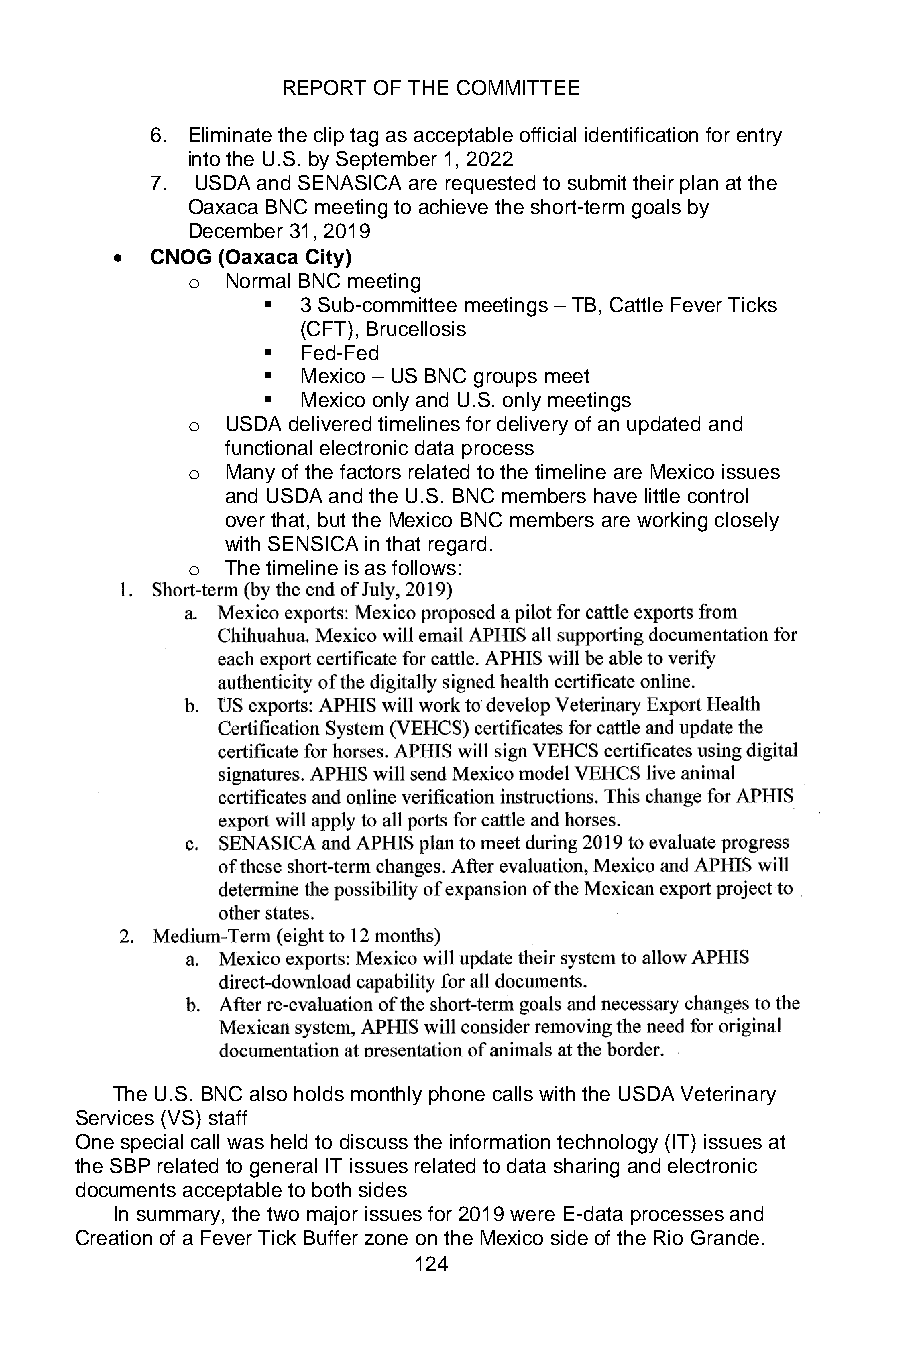
REPORT OF THE COMMITTEE
 6. Eliminate the clip tag as acceptable official identification for entry
 into the U.S. by September 1, 2022
 7. USDA and SENASICA are requested to submit their plan at the
 Oaxaca BNC meeting to achieve the short-term goals by
 December 31, 2019
 •  CNOG (Oaxaca City)
 o  Normal BNC meeting
 ▪  3 Sub-committee meetings – TB, Cattle Fever Ticks
 (CFT), Brucellosis
 ▪  Fed-Fed
 ▪  Mexico – US BNC groups meet
 ▪  Mexico only and U.S. only meetings
 o  USDA delivered timelines for delivery of an updated and
 functional electronic data process
 o  Many of the factors related to the timeline are Mexico issues
 and USDA and the U.S. BNC members have little control
 over that, but the Mexico BNC members are working closely
 with SENSICA in that regard.
 o  The timeline is as follows:
 The U.S. BNC also holds monthly phone calls with the USDA Veterinary
 Services (VS) staff
 One special call was held to discuss the information technology (IT) issues at
 the SBP related to general IT issues related to data sharing and electronic
 documents acceptable to both sides
 In summary, the two major issues for 2019 were E-data processes and
 Creation of a Fever Tick Buffer zone on the Mexico side of the Rio Grande.
 124